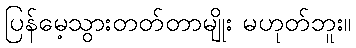
ပြန်မေ့သွားတတ်တာမျိုး မဟုတ်ဘူး။